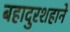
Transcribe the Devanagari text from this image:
बहादुरशहाने